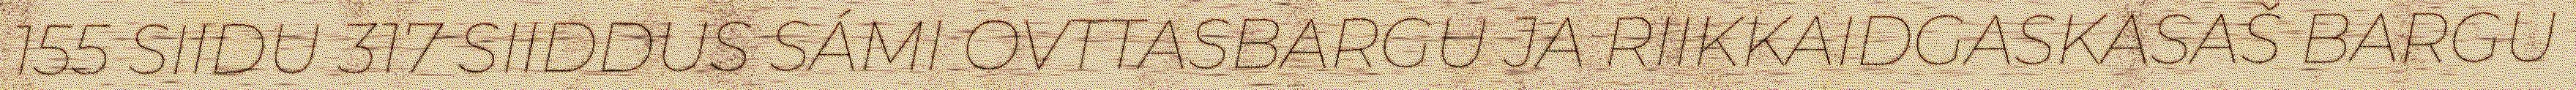
155 SIIDU 317 SIIDDUS SÁMI OVTTASBARGU JA RIIKKAIDGASKASAŠ BARGU